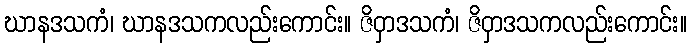
ဃာနဒသကံ၊ ဃာနဒသကလည်းကောင်း။ ဇိဝှာဒသကံ၊ ဇိဝှာဒသကလည်းကောင်း။